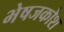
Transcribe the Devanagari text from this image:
भेषजकोश